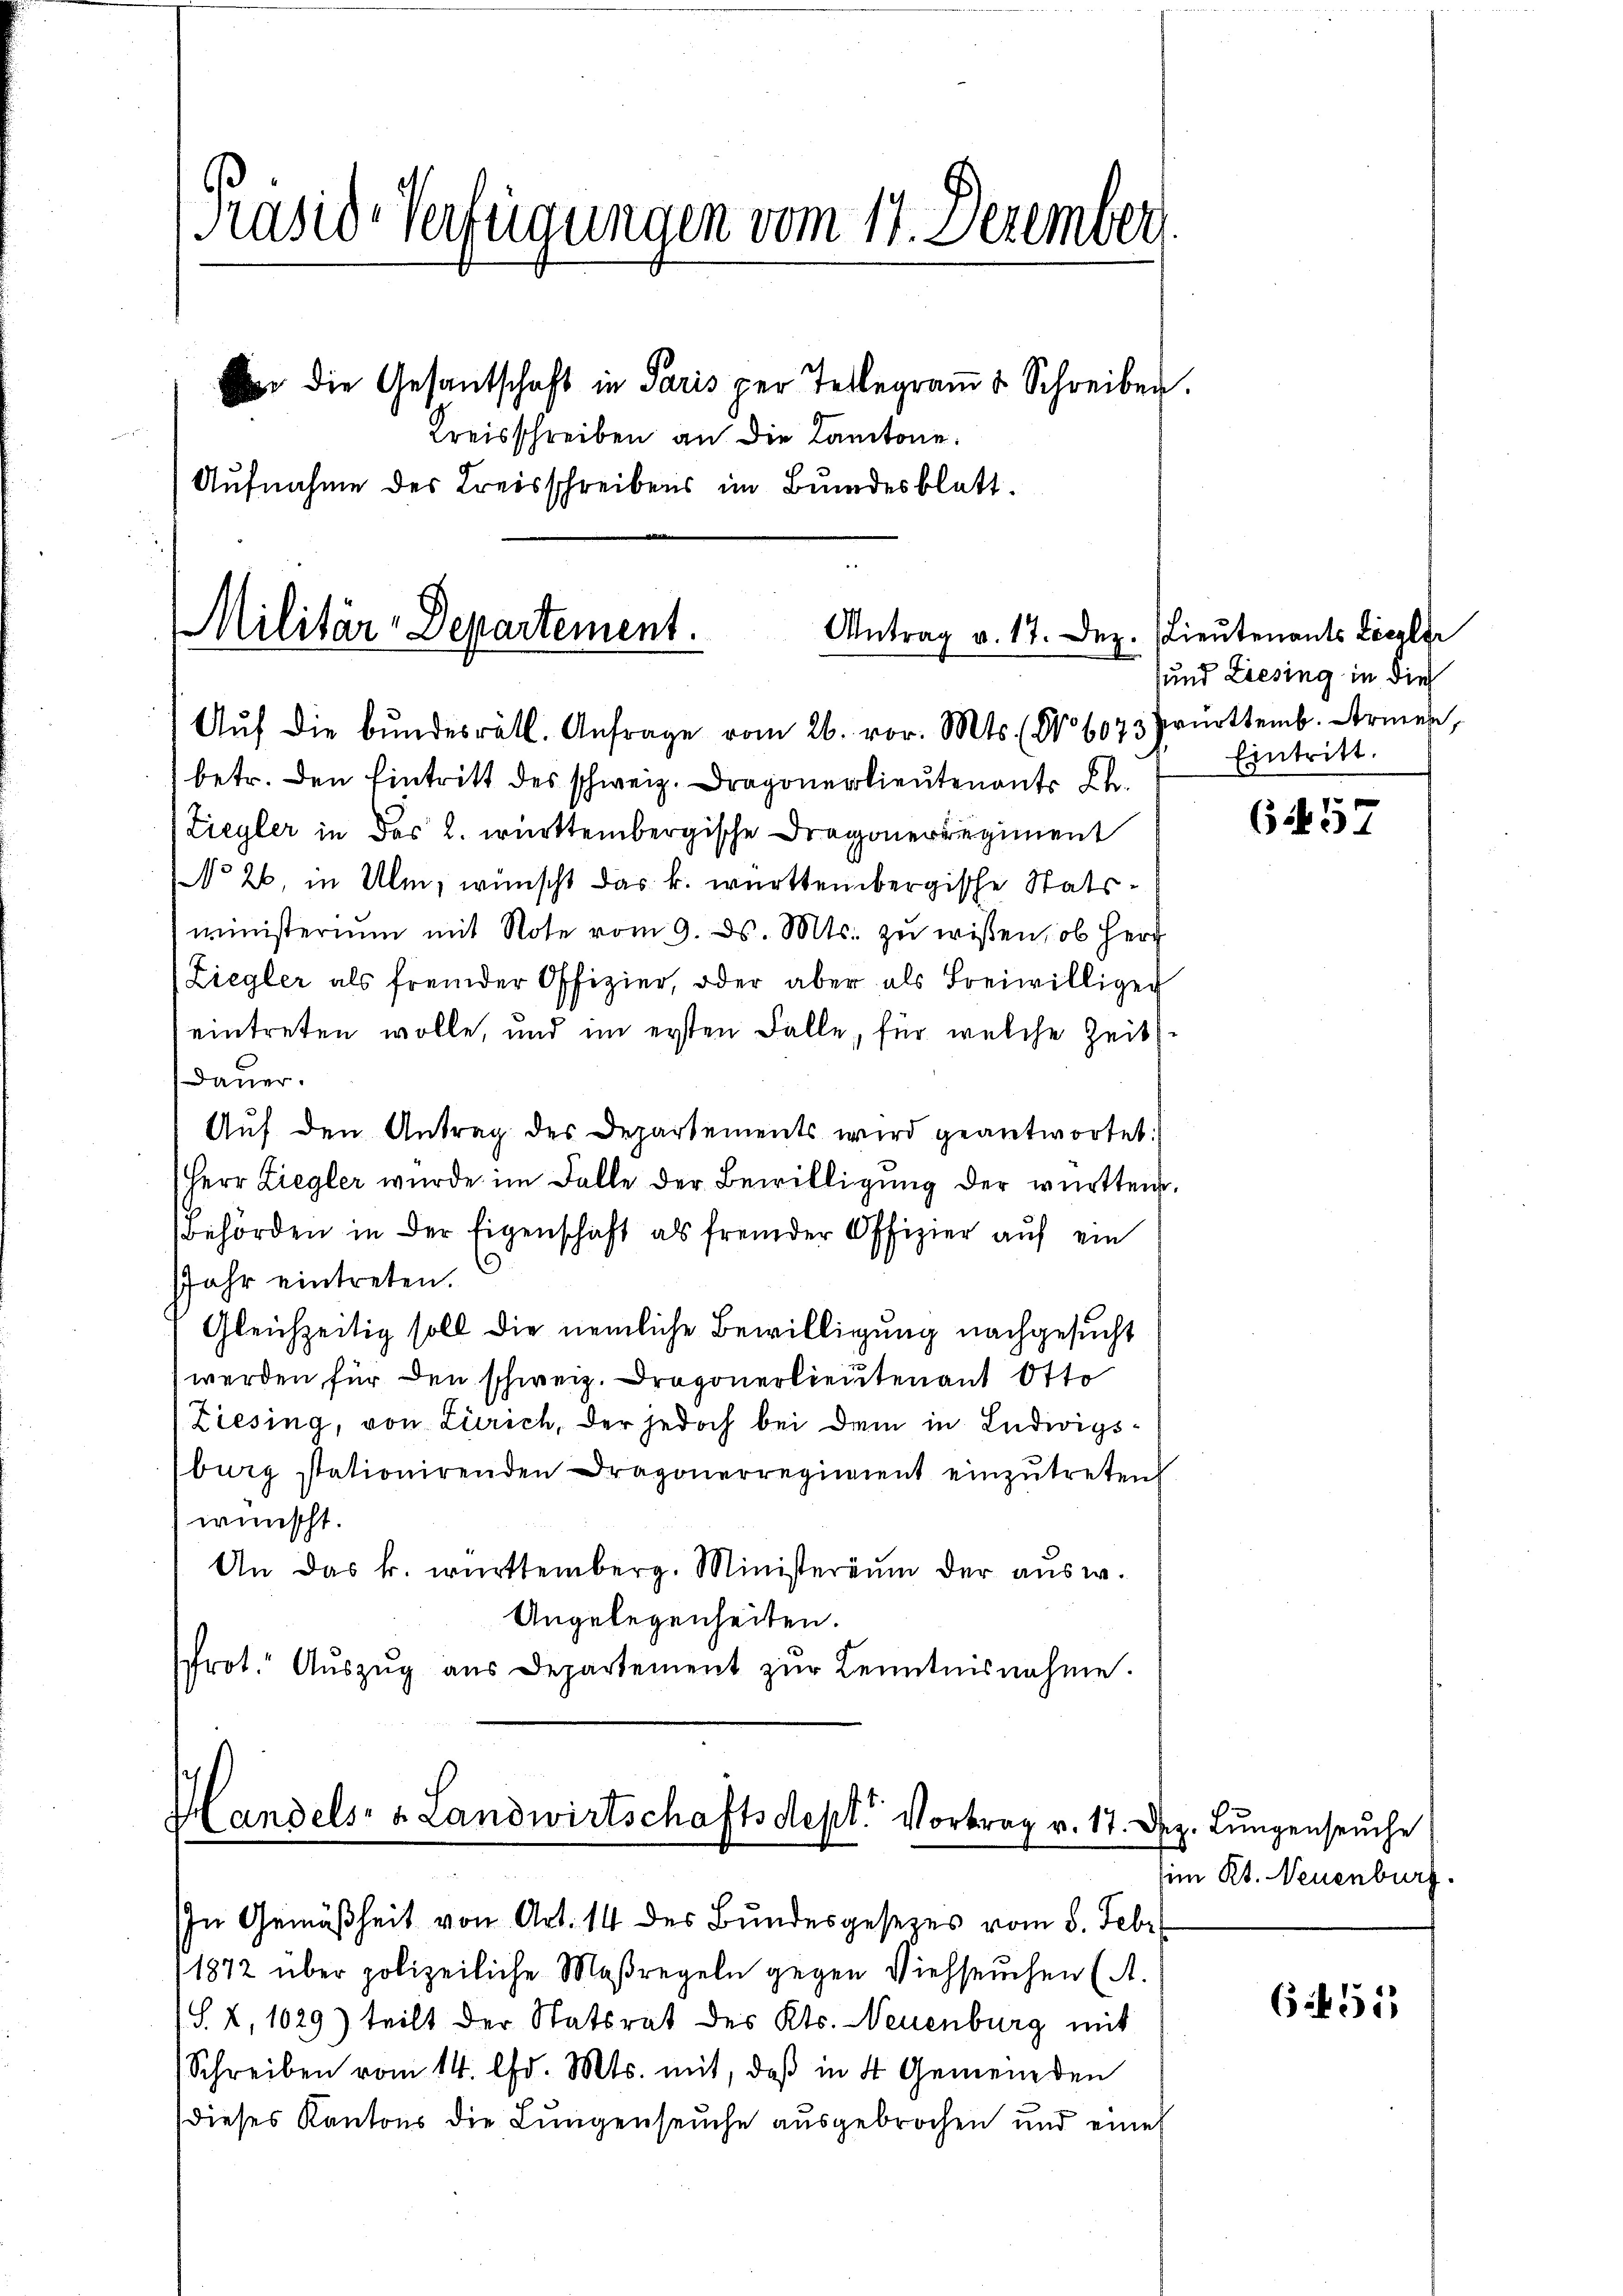
Präsid Verfügungen vom 17. Dezember
r die Gesantschaft in Paris per Telegraṁs Schreiben.
Kreisschreiben an die Kantone.
Aufnahme des Kreisschreibens im Bundesblatt.
Militär-Departement.
Antrag v. 17. Dez. (Lieŭtenants Licelgr

Aŭf die bundesrätl. Anfrage vom 26. vor. Mts. No 6073 Zwürttemb. Armen,

betr. den Eintritt des schweiz. Dragonerlieutenants K
Ziegler in des 2. württembergische Dragonerregiment
NNo 26. in Ulm, wünscht das k. württembergische Statsministerium mit Note vom 9. ds. Mts. zŭ wissen, ob Herr
Ziegler als fremder Offizier, oder aber als Freiwilligen
eintreten wolle, und im ersten Fälle, für welche Zeits¬
Dauer.
Auf den Antrag des Departements wird geantwortet:
Herr Ziegler wurde im Falle der Bewilligung der württen,
Behörden in der Eigenschaft als fremder Offizier auf ein
JJahr eintreten.
Gleichzeitig soll die nemliche Bewilligung nachgesucht
werden für den schweiz. Dragonerlieutenant Otte
Ziesing, von Zürich, der jedoch bei dem in Ludwigsburg stationirenden Dragonerregiment einzŭtreten
wünscht.
An das k. württemberg. Ministerium der ausw.
Angelegenheiten.
Prot. Aŭszŭg aŭs Departement zŭr Kenntnisnahme.

Handels- u. Landwirtschaftsdept. Vortrag v. 17. d.
In Gemäßheit von Art. 14 des Bŭndesgesezes vom 8. Febr.

1872 über polizeiliche Maßregeln gegen Viehseuchen (A.
(S. 2, 1029) teilt der Statsrat des Kts. Neuenburg mit
Schreiben vom 14. d. Mts. mit, daß in 4 Gemeinden
dieses Kantons die Lungenseuche ausgebrochen und eine

sund Liesing in dies
Eintritt.

6457

z Lungenseuche
(im Kt. Neuenburg.

6455